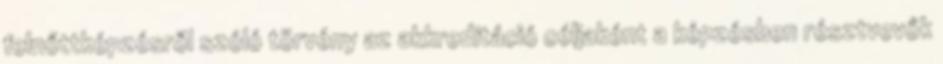
felnőttképzésről szóló törvény az akkreditáció céljaként a képzésben résztvevők